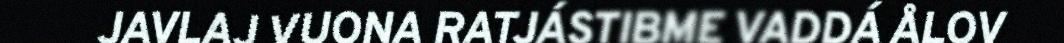
JAVLAJ VUONA RATJÁSTIBME VADDÁ ÅLOV